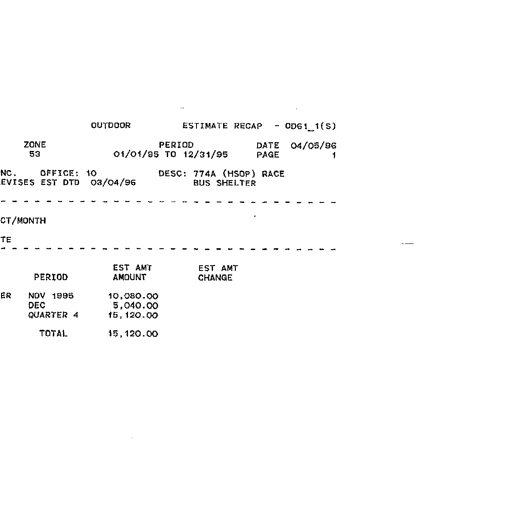
OUTDOOR ESTIMATE RECAP - OD61_1(S)
ZONE PERIOD DATE 04/05/96
53 01/01/95 TO 12/31/95 PAGE 1
NC OFFICE: 10 DESC: 774A (HSOP) RACE
REVISES EST DTD 03/04/96 BUS SHELTER
-----------------------------------------------------------------
CT/MONTH
TE
-----------------------------------------------------------------
EST AMT EST AMT
PERIOD AMOUNT CHANGE
ER NOV 1995 10,080.00
DEC 5,040.00
QUARTER 4 15,120.00
TOTAL 15,120.00